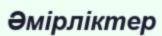
Әмірліктер